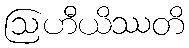
ဩဟီယိဿတိ